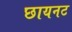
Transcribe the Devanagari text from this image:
छायनट